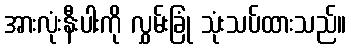
အားလုံးနီးပါးကို လွှမ်းခြုံ သုံးသပ်ထားသည်။